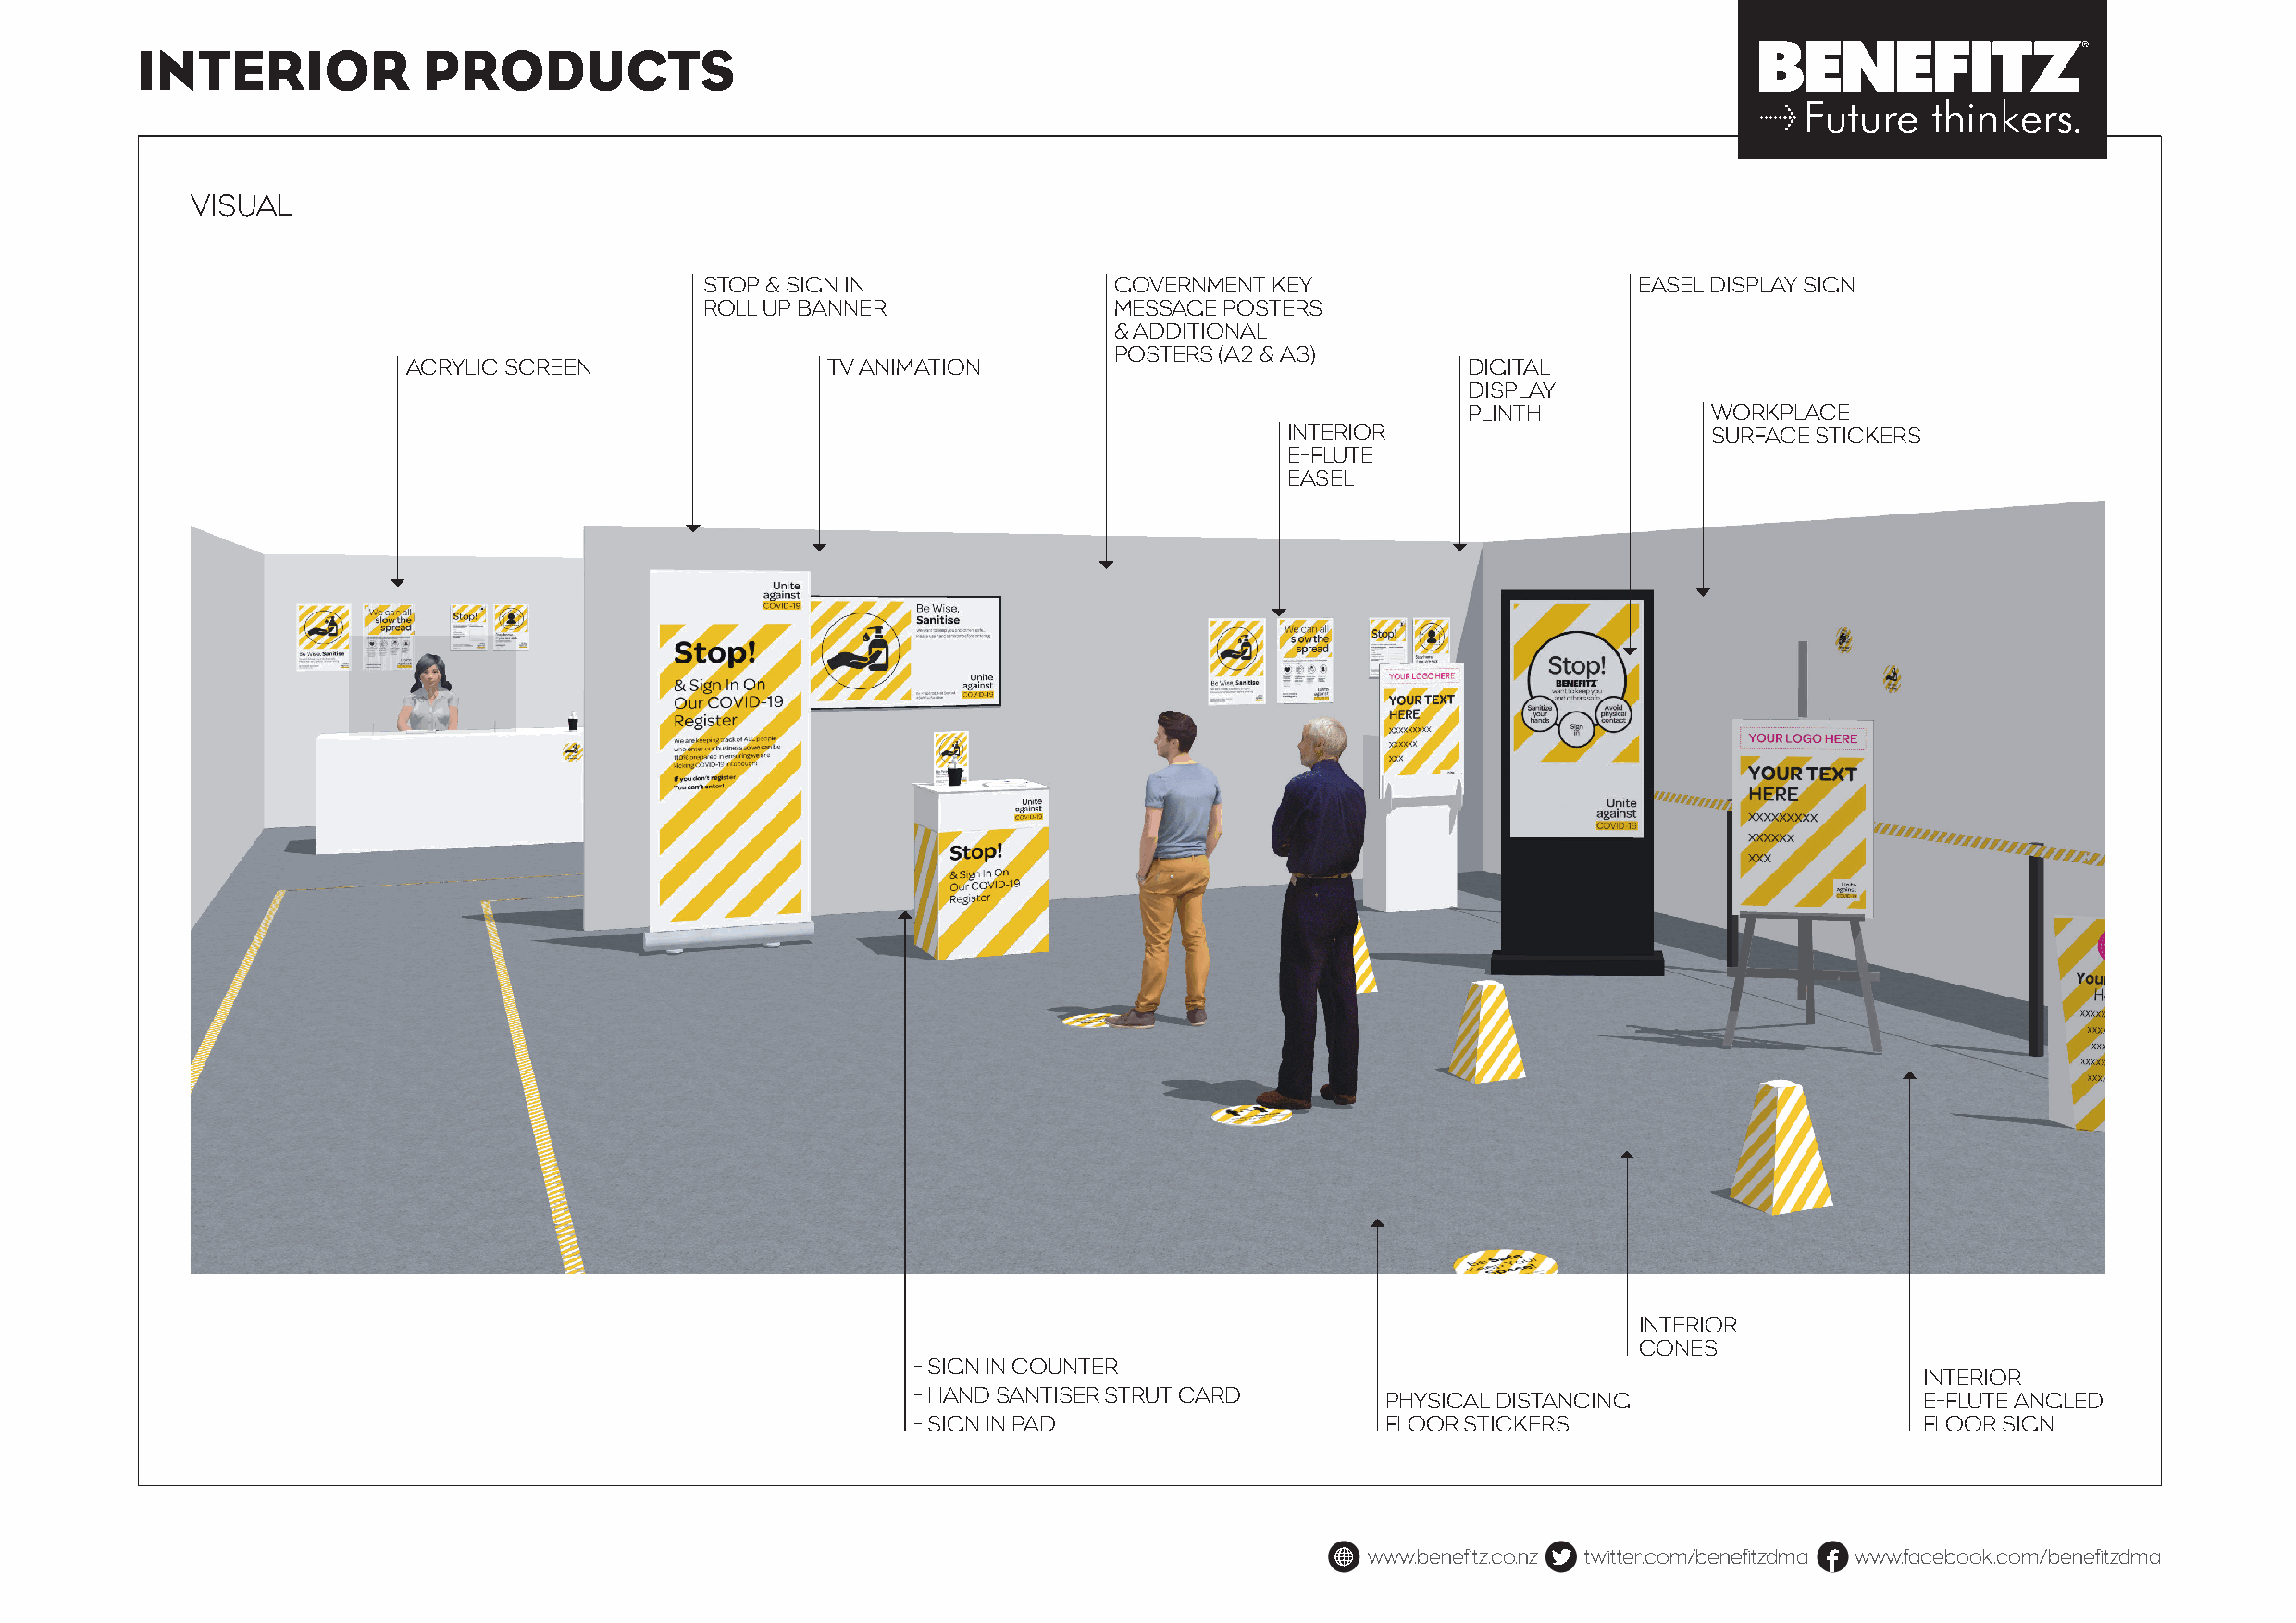
INTERIOR            PRODUCTS
 VISUAL
 STOP & SIGN IN                GOVERNMENT KEY                       EASEL DISPLAY SIGN
 ROLL UP BANNER                MESSAGE POSTERS
 & ADDITIONAL
 POSTERS (A2 & A3)
 ACRYLIC SCREEN                TV ANIMATION                                  DIGITAL
 DISPLAY
 PLINTH           WORKPLACE
 INTERIOR                      SURFACE STICKERS
 E-FLUTE
 EASEL
 INTERIOR
 CONES
 - SIGN IN COUNTER
 INTERIOR
 - HAND SANTISER STRUT CARD        PHYSICAL DISTANCING                    E-FLUTE ANGLED
 - SIGN IN PAD                     FLOOR STICKERS                         FLOOR SIGN
 www.benefitz.co.nz twitter.com/benefitzdma www.facebook.com/benefitzdma